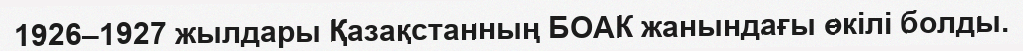
1926–1927 жылдары Қазақстанның БОАК жанындағы өкілі болды.